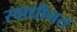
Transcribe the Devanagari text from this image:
स्वाधीनत